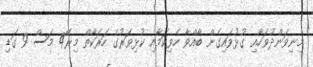
މިނިވަންދުވަހާއި ގުޅުވައިގެން ބާއްވާ ހެވިކަމާއި ކުޅިވަރުގެ ހަރަކާތް މިރޭ4 މަސް 9 ގަޑި